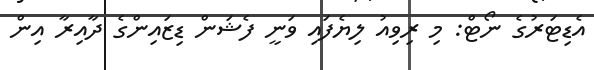
އެޑިޓަރުގެ ނޯޓް: މި ރިވިއު ލިޔެފައި ވަނީ ފެޝަން ޑިޒައިންގެ ދާއިރާ އިން